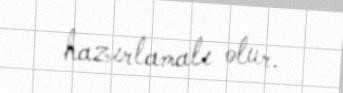
hazırlamalı olur.